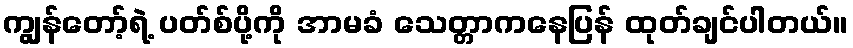
ကျွန်တော့်ရဲ့ ပတ်စ်ပို့ကို အာမခံ သေတ္တာကနေပြန် ထုတ်ချင်ပါတယ်။